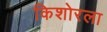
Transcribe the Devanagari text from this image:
किशोरला